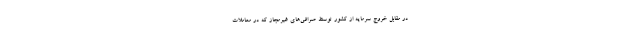
در مقابل خروج سرمایه از کشور توسط صرافی‌های غیرمجاز که در معاملات